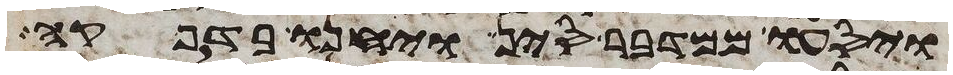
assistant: ויסעו ממדבר סין ויחנו בדפקה